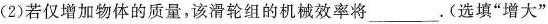
(2)若仅增加物体的质量，该滑轮组的机械效率将___。(选填“增大”